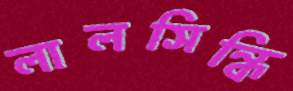
লালসিন্ধি